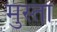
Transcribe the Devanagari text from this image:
मुस्ता